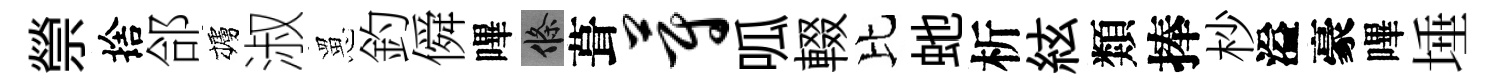
禜捨郃櫨淑罳釣僢嗶條葺蔚呱輟比虵析絃類捧杪溢豪嗶埵